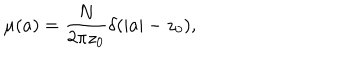
\mu ( a ) = \frac { N } { 2 \pi z _ { 0 } } \delta ( | a | - z _ { 0 } ) ,